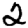
Digit: 2